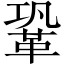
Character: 鞏